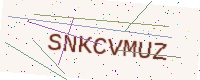
Text: SNKCVMUZ